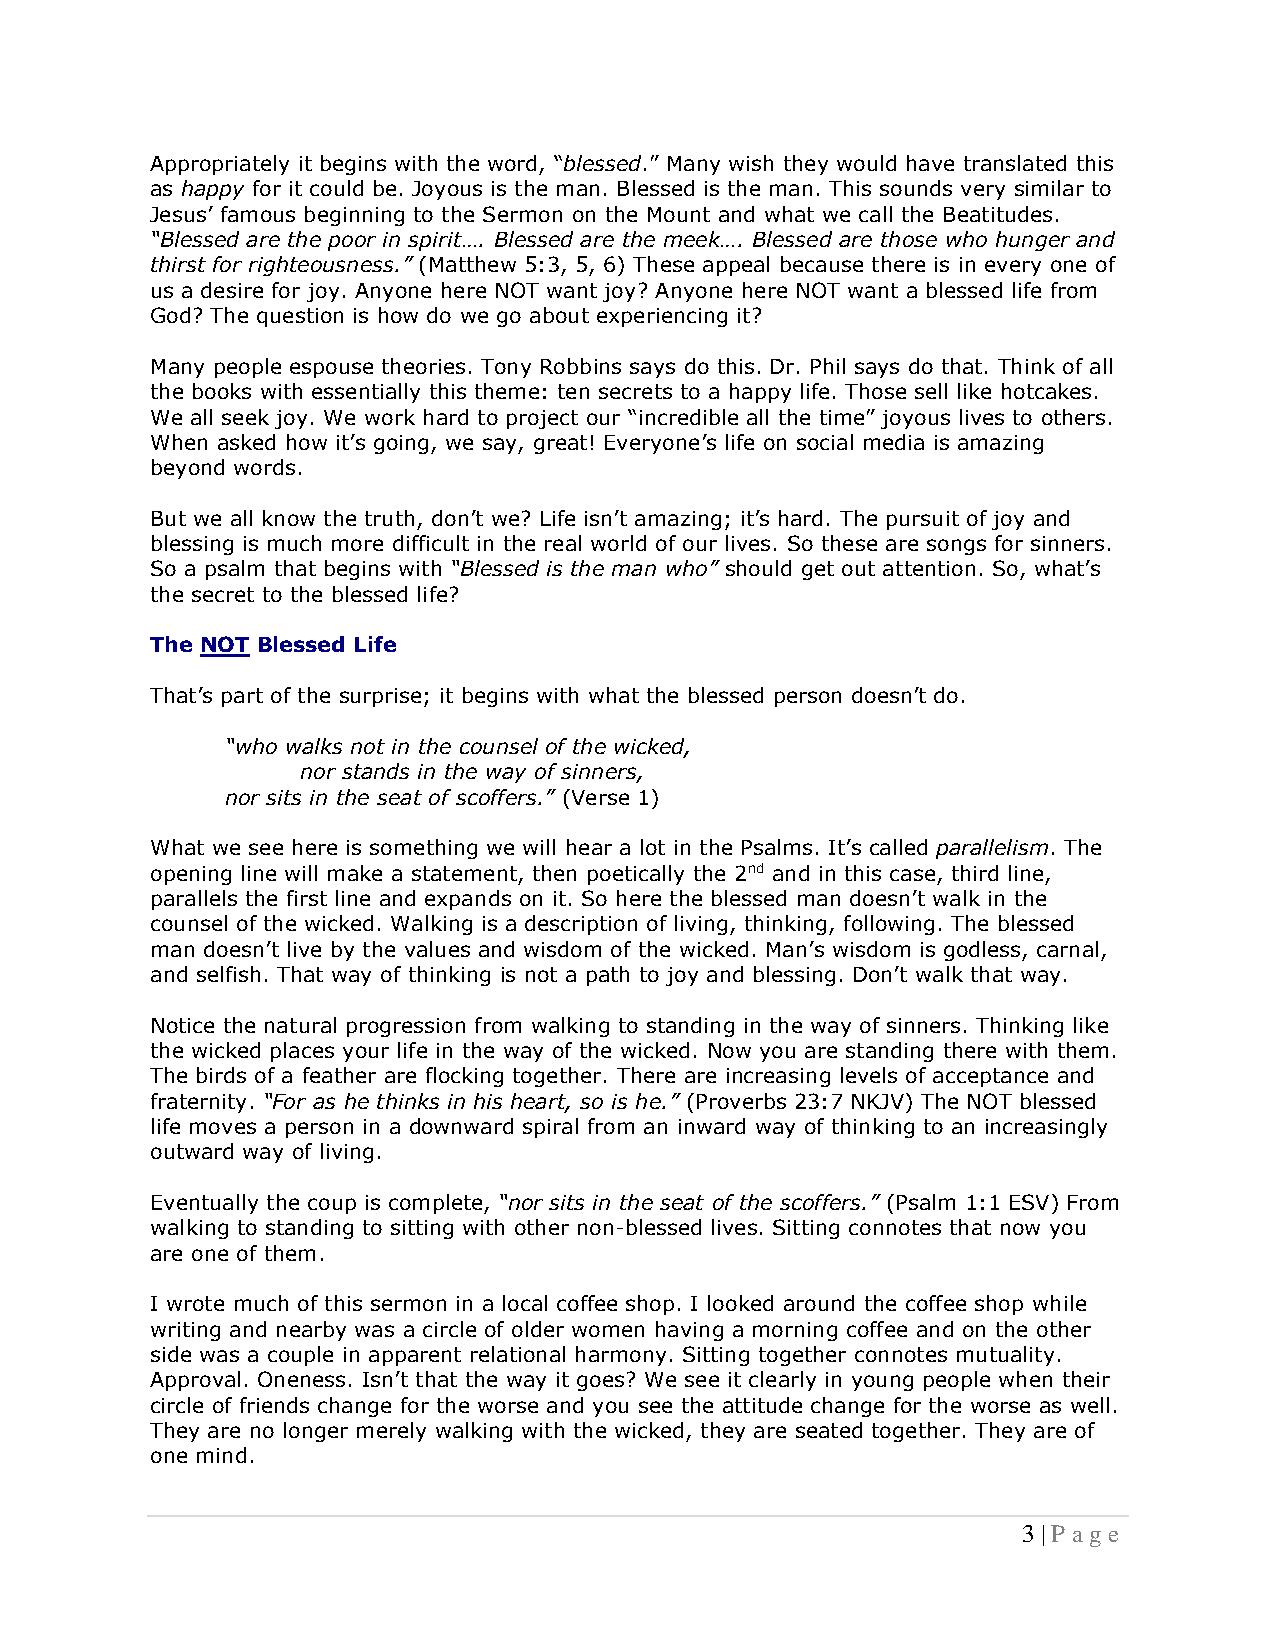
Appropriately it begins with the word, “blessed.” Many wish they would have translated this
 as happy for it could be. Joyous is the man. Blessed is the man. This sounds very similar to
 Jesus’ famous beginning to the Sermon on the Mount and what we call the Beatitudes.
 “Blessed are the poor in spirit…. Blessed are the meek…. Blessed are those who hunger and
 thirst for righteousness.” (Matthew 5:3, 5, 6) These appeal because there is in every one of
 us a desire for joy. Anyone here NOT want joy? Anyone here NOT want a blessed life from
 God? The question is how do we go about experiencing it?
 Many people espouse theories. Tony Robbins says do this. Dr. Phil says do that. Think of all
 the books with essentially this theme: ten secrets to a happy life. Those sell like hotcakes.
 We all seek joy. We work hard to project our “incredible all the time” joyous lives to others.
 When asked how it’s going, we say, great! Everyone’s life on social media is amazing
 beyond words.
 But we all know the truth, don’t we? Life isn’t amazing; it’s hard. The pursuit of joy and
 blessing is much more difficult in the real world of our lives. So these are songs for sinners.
 So a psalm that begins with “Blessed is the man who” should get out attention. So, what’s
 the secret to the blessed life?
 The NOT Blessed Life
 That’s part of the surprise; it begins with what the blessed person doesn’t do.
 “who walks not in the counsel of the wicked,
 nor stands in the way of sinners,
 nor sits in the seat of scoffers.” (Verse 1)
 What we see here is something we will hear a lot in the Psalms. It’s called parallelism. The
 opening line will make a statement, then poetically the 2nd and in this case, third line,
 parallels the first line and expands on it. So here the blessed man doesn’t walk in the
 counsel of the wicked. Walking is a description of living, thinking, following. The blessed
 man doesn’t live by the values and wisdom of the wicked. Man’s wisdom is godless, carnal,
 and selfish. That way of thinking is not a path to joy and blessing. Don’t walk that way.
 Notice the natural progression from walking to standing in the way of sinners. Thinking like
 the wicked places your life in the way of the wicked. Now you are standing there with them.
 The birds of a feather are flocking together. There are increasing levels of acceptance and
 fraternity. “For as he thinks in his heart, so is he.” (Proverbs 23:7 NKJV) The NOT blessed
 life moves a person in a downward spiral from an inward way of thinking to an increasingly
 outward way of living.
 Eventually the coup is complete, “nor sits in the seat of the scoffers.” (Psalm 1:1 ESV) From
 walking to standing to sitting with other non-blessed lives. Sitting connotes that now you
 are one of them.
 I wrote much of this sermon in a local coffee shop. I looked around the coffee shop while
 writing and nearby was a circle of older women having a morning coffee and on the other
 side was a couple in apparent relational harmony. Sitting together connotes mutuality.
 Approval. Oneness. Isn’t that the way it goes? We see it clearly in young people when their
 circle of friends change for the worse and you see the attitude change for the worse as well.
 They are no longer merely walking with the wicked, they are seated together. They are of
 one mind.
 3 | P a ge